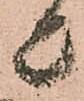
上